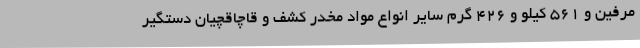
مرفین و 561 کیلو و 426 گرم سایر انواع مواد مخدر کشف و قاچاقچیان دستگیر